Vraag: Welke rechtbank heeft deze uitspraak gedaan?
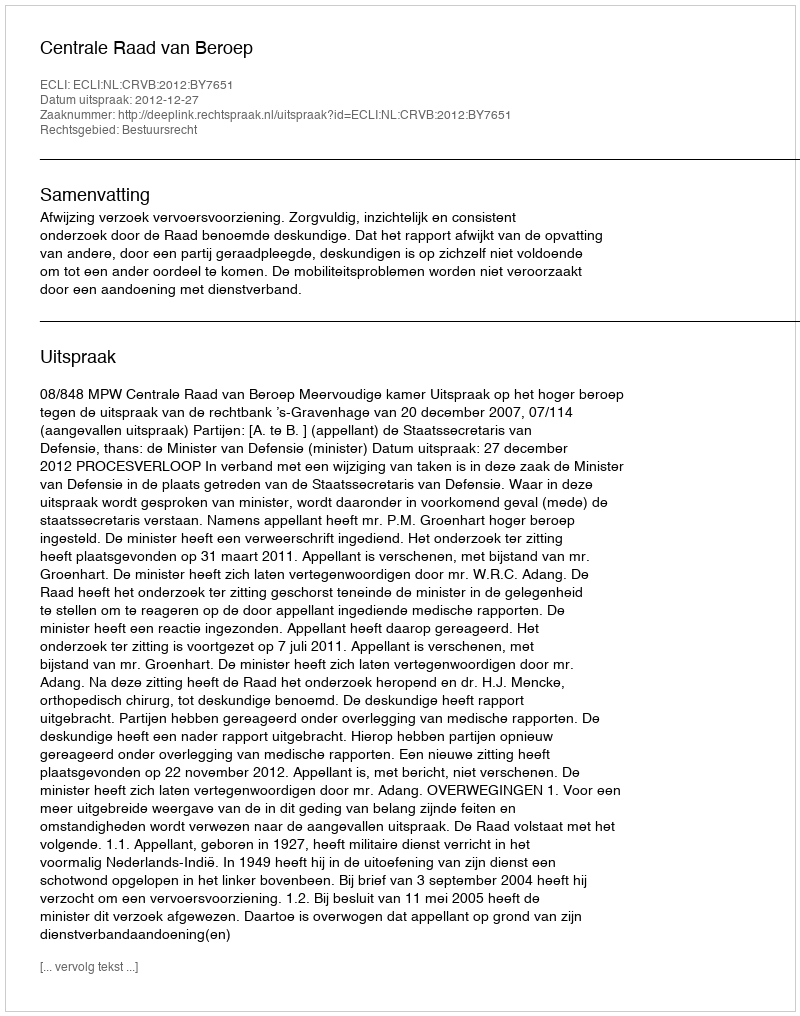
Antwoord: Centrale Raad van Beroep